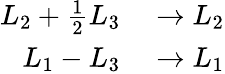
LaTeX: \begin{array}{rl}{L_{2}+{\frac{1}{2}}L_{3}}&{{}\to L_{2}}\\ {L_{1}-L_{3}}&{{}\to L_{1}}\end{array}